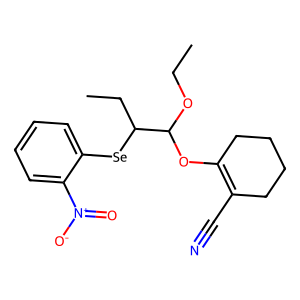
SMILES: CCOC(OC1=C(C#N)CCCC1)C(CC)[Se]c1ccccc1[N+](=O)[O-]
Inhibits HIV replication: No